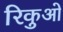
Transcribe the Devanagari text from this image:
रिकुओ